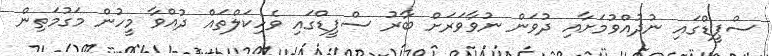
ސްޕީޑްގައި ނުދުއްވުމަށާއި ދުވަން ނުވާވަރަށް ބާރު ސްޕީޑްގައި ވެހިކަލްތައް ދުއްވާ މީހުން މަގުމަތިން